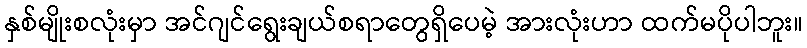
နှစ်မျိုးစလုံးမှာ အင်ဂျင်ရွေးချယ်စရာတွေရှိပေမဲ့ အားလုံးဟာ ထက်မပိုပါဘူး။